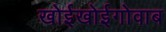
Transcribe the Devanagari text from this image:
खोईखोईगोवाब